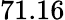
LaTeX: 71.16